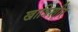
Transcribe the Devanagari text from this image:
खात्रिशीर